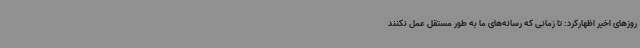
روزهای اخیر اظهارکرد: تا زمانی که رسانه‌های ما به طور مستقل عمل نکنند